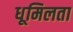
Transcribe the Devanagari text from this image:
धूमिलता